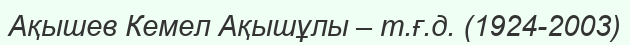
Ақышев Кемел Ақышұлы – т.ғ.д. (1924-2003)